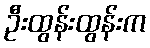
ဦးထွန်းထွန်းက